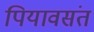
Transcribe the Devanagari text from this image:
पियावसंत